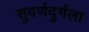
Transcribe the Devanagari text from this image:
सुवर्णदुर्गला